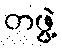
တဖွဲ့